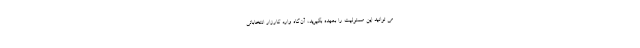
می توانید این مسئولیت را بعهده بگیرید، آن‌گاه وارد کارزار انتخاباتی